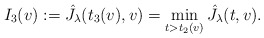
\begin{align*} I_3(v) := \hat J_\lambda(t_3(v),v) = \min_{t>t_2(v)} \hat J_\lambda(t,v).\end{align*}